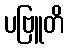
ပဗြူတိ